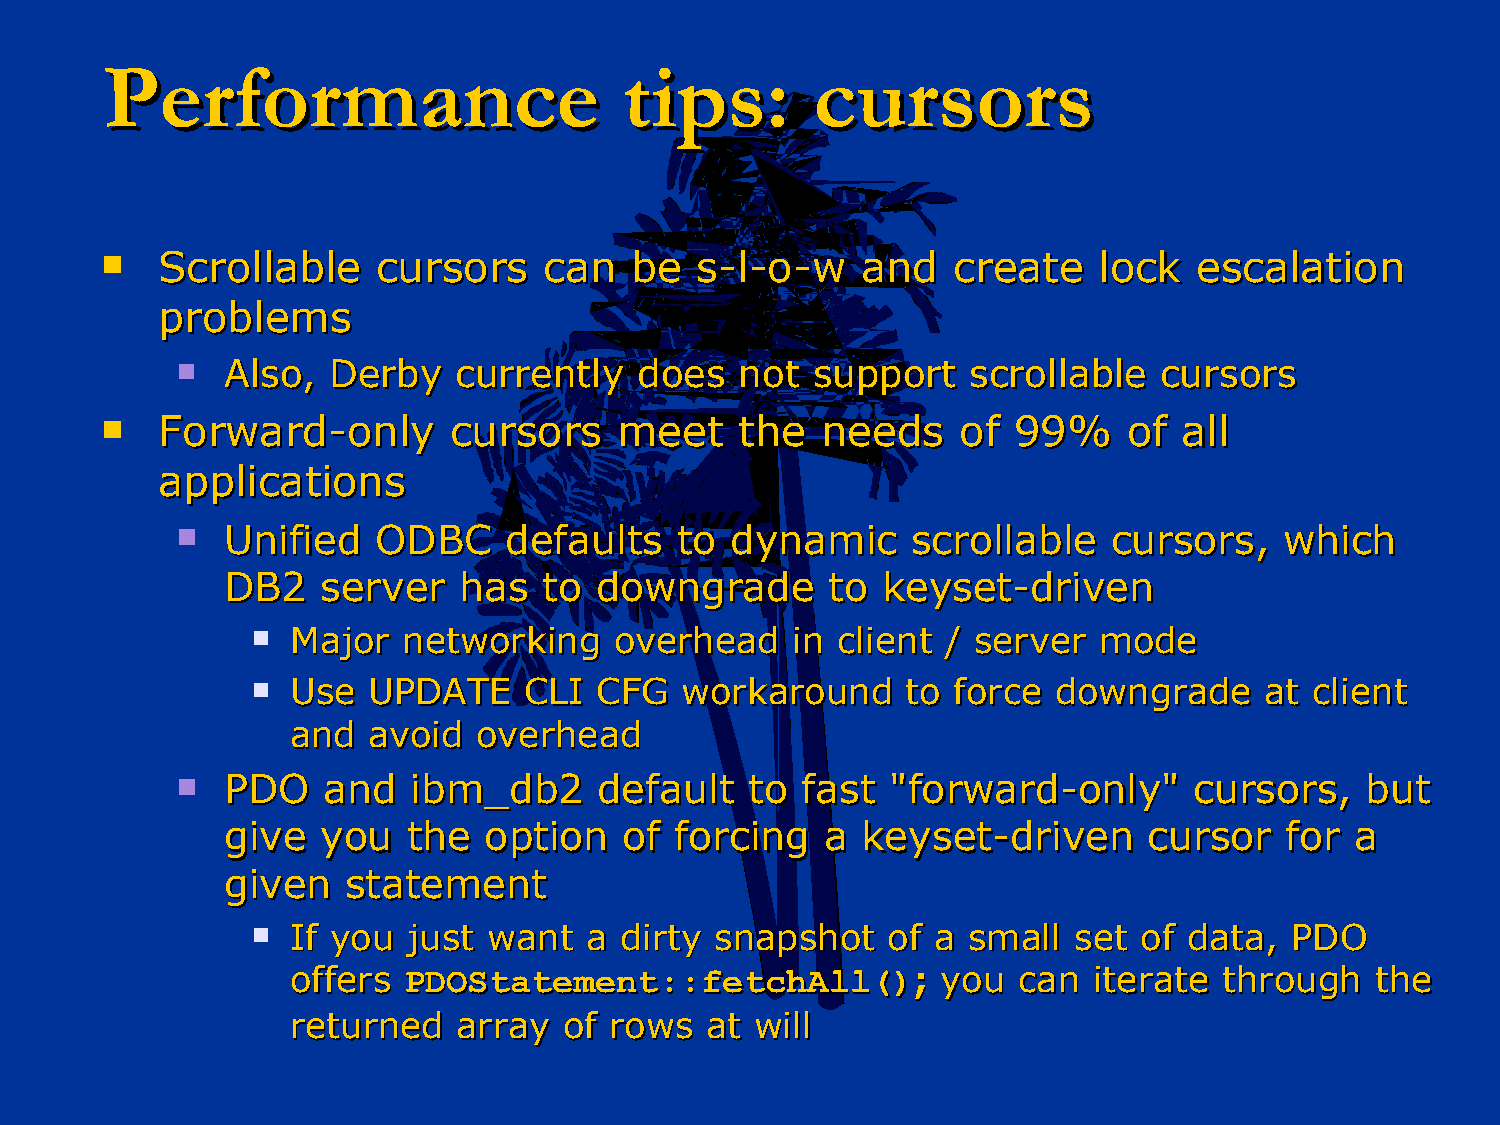
PPeerrffoorrmmaannccee            ttiippss::   ccuurrssoorrss
   SSccrroollllaabbllee ccuurrssoorrss ccaann bbee ss--ll--oo--ww aanndd ccrreeaattee lloocckk eessccaallaattiioonn
 pprroobblleemmss
   AAllssoo,, DDeerrbbyy ccuurrrreennttllyy ddooeess nnoott ssuuppppoorrtt ssccrroollllaabbllee ccuurrssoorrss
   FFoorrwwaarrdd--oonnllyy ccuurrssoorrss mmeeeett tthhee nneeeeddss ooff 9999%% ooff aallll
 aapppplliiccaattiioonnss
   UUnniiffiieedd OODDBBCC ddeeffaauullttss ttoo ddyynnaammiicc ssccrroollllaabbllee ccuurrssoorrss,, wwhhiicchh
 DDBB22 sseerrvveerr hhaass ttoo ddoowwnnggrraaddee ttoo kkeeyysseett--ddrriivveenn
  MMaajjoorr nneettwwoorrkkiinngg oovveerrhheeaadd iinn cclliieenntt // sseerrvveerr mmooddee
  UUssee UUPPDDAATTEE CCLLII CCFFGG wwoorrkkaarroouunndd ttoo ffoorrccee ddoowwnnggrraaddee aatt cclliieenntt
 aanndd aavvooiidd oovveerrhheeaadd
   PPDDOO aanndd iibbmm__ddbb22 ddeeffaauulltt ttoo ffaasstt ""ffoorrwwaarrdd--oonnllyy"" ccuurrssoorrss,, bbuutt
 ggiivvee yyoouu tthhee ooppttiioonn ooff ffoorrcciinngg aa kkeeyysseett--ddrriivveenn ccuurrssoorr ffoorr aa
 ggiivveenn ssttaatteemmeenntt
  IIff yyoouu jjuusstt wwaanntt aa ddiirrttyy ssnnaappsshhoott ooff aa ssmmaallll sseett ooff ddaattaa,, PPDDOO
 ooffffeerrss PPDDOOSSttaatteemmeenntt::::ffeettcchhAAllll(());; yyoouu ccaann iitteerraattee tthhrroouugghh tthhee
 rreettuurrnneedd aarrrraayy ooff rroowwss aatt wwiillll